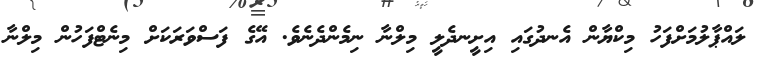
ލައްޕާލުމަށްފަހު މިކްޔާން އެނދުގައި އިށީނދެލީ މިލްނާ ނިމެންދެނެވެ. އޭގެ ފަސްވަރަކަށް މިނެޓްފަހުން މިލްނާ